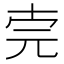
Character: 𠒈